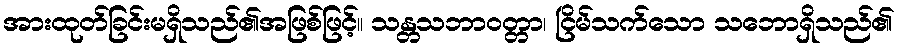
အားထုတ်ခြင်းမရှိသည်၏အဖြစ်ဖြင့်။ သန္တသဘာဝတ္တာ၊ ငြိမ်သက်သော သဘောရှိသည်၏